Report of the Indian Hemp Drugs Commission, 1894-1895 - Volume VI
Year: 1894
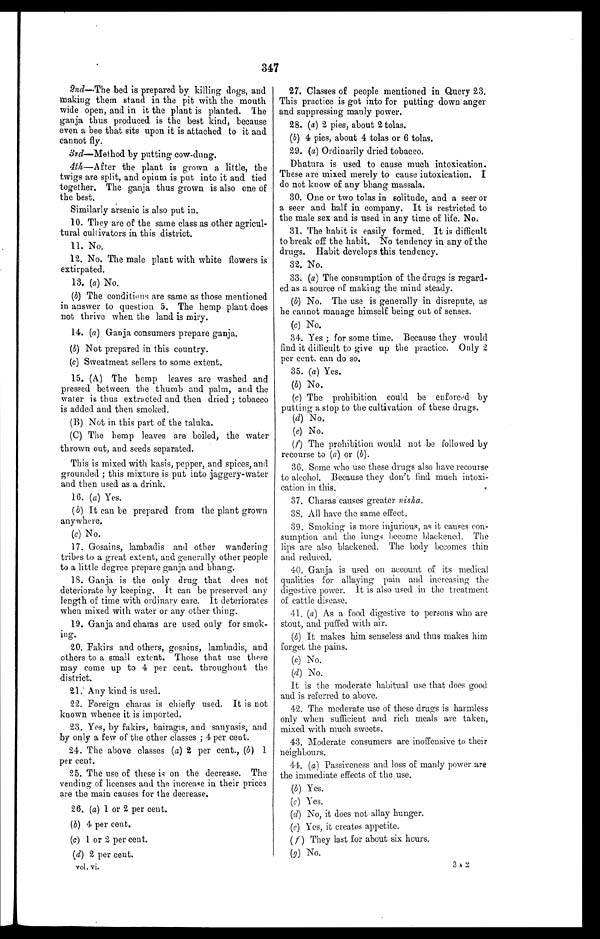
347
2nd—The bed is prepared by killing dogs, and
making them stand in the pit with the mouth
wide open, and in it the plant is planted. The
ganja thus produced is the best kind, because
even a bee that sits upon it is attached to it and
cannot fly.
3rd—Method by putting cow-dung.
4th—After the plant is grown a little, the
twigs are split, and opium is put into it and tied
together. The ganja thus grown is also one of
the best.
Similarly arsenic is also put in.
10. They are of the same class as other agricul-
tural cultivators in this district.
11. No.
12. No. The male plant with white flowers is
extirpated.
13. (a) No.
(b) The conditions are same as those mentioned
in answer to question 5. The hemp plant does
not thrive when the land is miry.
14. (a) Ganja consumers prepare ganja.
(b) Not prepared in this country.
(c) Sweatmeat sellers to some extent.
15. (A) The hemp leaves are washed and
pressed between the thumb and palm, and the
water is thus extracted and then dried ; tobacco
is added and then smoked.
(B) Not in this part of the taluka.
(C) The hemp leaves are boiled, the water
thrown out, and seeds separated.
This is mixed with kasis, pepper, and spices, and
grounded ; this mixture is put into jaggery-water
and then used as a drink.
16. (a) Yes.
(b) It can be prepared from the plant grown
anywhere.
(c) No.
17. Gosains, lambadis and other wandering
tribes to a great extent, and. generally other people
to a little degree prepare ganja and bhang.
18. Ganja is the only drug that does not
deteriorate by keeping. It can be preserved any
length of time with ordinary care. It deteriorates
when mixed with water or any other thing.
19. Ganja and charas are used only for smok-
ing.
20. Fakirs and others, gosains, lambadis, and
others to a small extent. Those that use these
may come up to 4 per cent. throughout the
district.
21. Any kind is used.
22. Foreign charas is chiefly used. It is not
known whence it is imported.
23. Yes, by fakirs, bairagis, and sanyasis, and
by only a few of the other classes ; 4 per cent.
24. The above classes (a) 2 per cent., (b) 1
per cent.
25. The use of these is on the decrease. The
vending of licenses and the increase in their prices
are the main causes for the decrease.
26. (a) 1 o r 2 p e r c e n t .
(b) 4 per cent.
(c) 1 or 2 per cent.
(d) 2 per cent.
vol. vi.
27. Classes of people mentioned in Query 23.
This practice is got into for putting down anger
and suppressing manly power.
28. (a) 2 pies, about 2 tolas.
(b) 4 pies, about 4 tolas or 6 tolas.
29. (a) Ordinarily dried tobacco.
Dhatura is used to cause much intoxication.
These are mixed merely to cause intoxication. I
do not know of any bhang massala.
30. One or two tolas in solitude, and a seer or
a seer and half in company. It is restricted to
the male sex and is used. in any time of life. No.
31. The habit is easily formed. It is difficult
to break off the habit. No tendency in any of the
drugs. Habit develops this tendency.
32. No.
33. (a) The consumption of the drugs is regard-
ed as a source of making the mind steady.
(b) No. The use is generally in disrepute, as
he cannot manage himself being out of senses.
(c) No.
34. Yes ; for some time. Because they would
find it difficult to give up the practice. Only 2
per cent. can do so.
35. (a) Yes.
(b) No.
(c) The prohibition could be enforced by
putting a stop to the cultivation of these drugs.
(d) N o.
(e) No.
(f) The prohibition would not be followed by
recourse to (a) or (b) .
36. Some who use these drugs also have recourse
to alcohol. Because they don't find much intoxi-
cation in this.
37. Charas causes greater nisha.
38. All have the same effect.
39. Smoking is more injurious, as it causes con-
sumption and the lungs become blackened. The
lips are also blackened. The body becomes thin
and reduced.
40. Ganja is used on account of its medical
qualities for allaying pain and increasing the
digestive power. It is also used in the treatment
of cattle disease.
41. (a) As a food digestive to persons who are
stout, and puffed with air.
(b) It makes him senseless and thus makes him
forget the pains.
(c) No.
(d) No.
It is the moderate habitual use that does good
and is referred to above.
42. The moderate use of these drugs is harmless
only when sufficient and. rich meals are taken,
mixed with much sweets.
43. Moderate consumers are inoffensive to their
neighbours.
44. (a) Passiveness and loss of manly power are
the immediate effects of the use.
(b) Yes.
(c) Yes.
(d) No, it does not allay hunger.
(e) Yes, it creates appetite.
( f ) They last for about six hours.
(g) No.
3 A 2